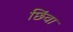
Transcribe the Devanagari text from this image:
छिंवा